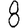
Digit: 8